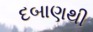
દબાણથી